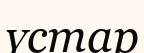
үстар